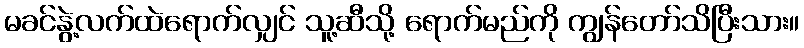
မခင်နွဲ့လက်ထဲရောက်လျှင် သူ့ဆီသို့ ရောက်မည်ကို ကျွန်တော်သိပြီးသား။